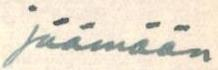
jäämään